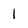
Character: 1